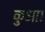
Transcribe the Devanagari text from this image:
कुआ।